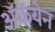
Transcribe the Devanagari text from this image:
अॅकॅयेन